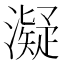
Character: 𤁒